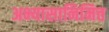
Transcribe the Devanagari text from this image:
अभ्यासानिमित्त